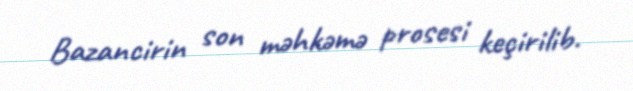
Bazancirin son məhkəmə prosesi keçirilib.